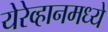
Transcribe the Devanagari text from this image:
येरेव्हानमध्ये